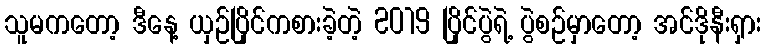
သူမကတော့ ဒီနေ့ ယှဉ်ပြိုင်ကစားခဲ့တဲ့ 2019 ပြိုင်ပွဲရဲ့ ပွဲစဉ်မှာတော့ အင်ဒိုနီးရှား